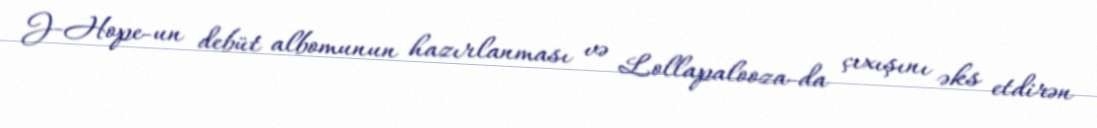
J-Hope-un debüt albomunun hazırlanması və Lollapalooza-da çıxışını əks etdirən